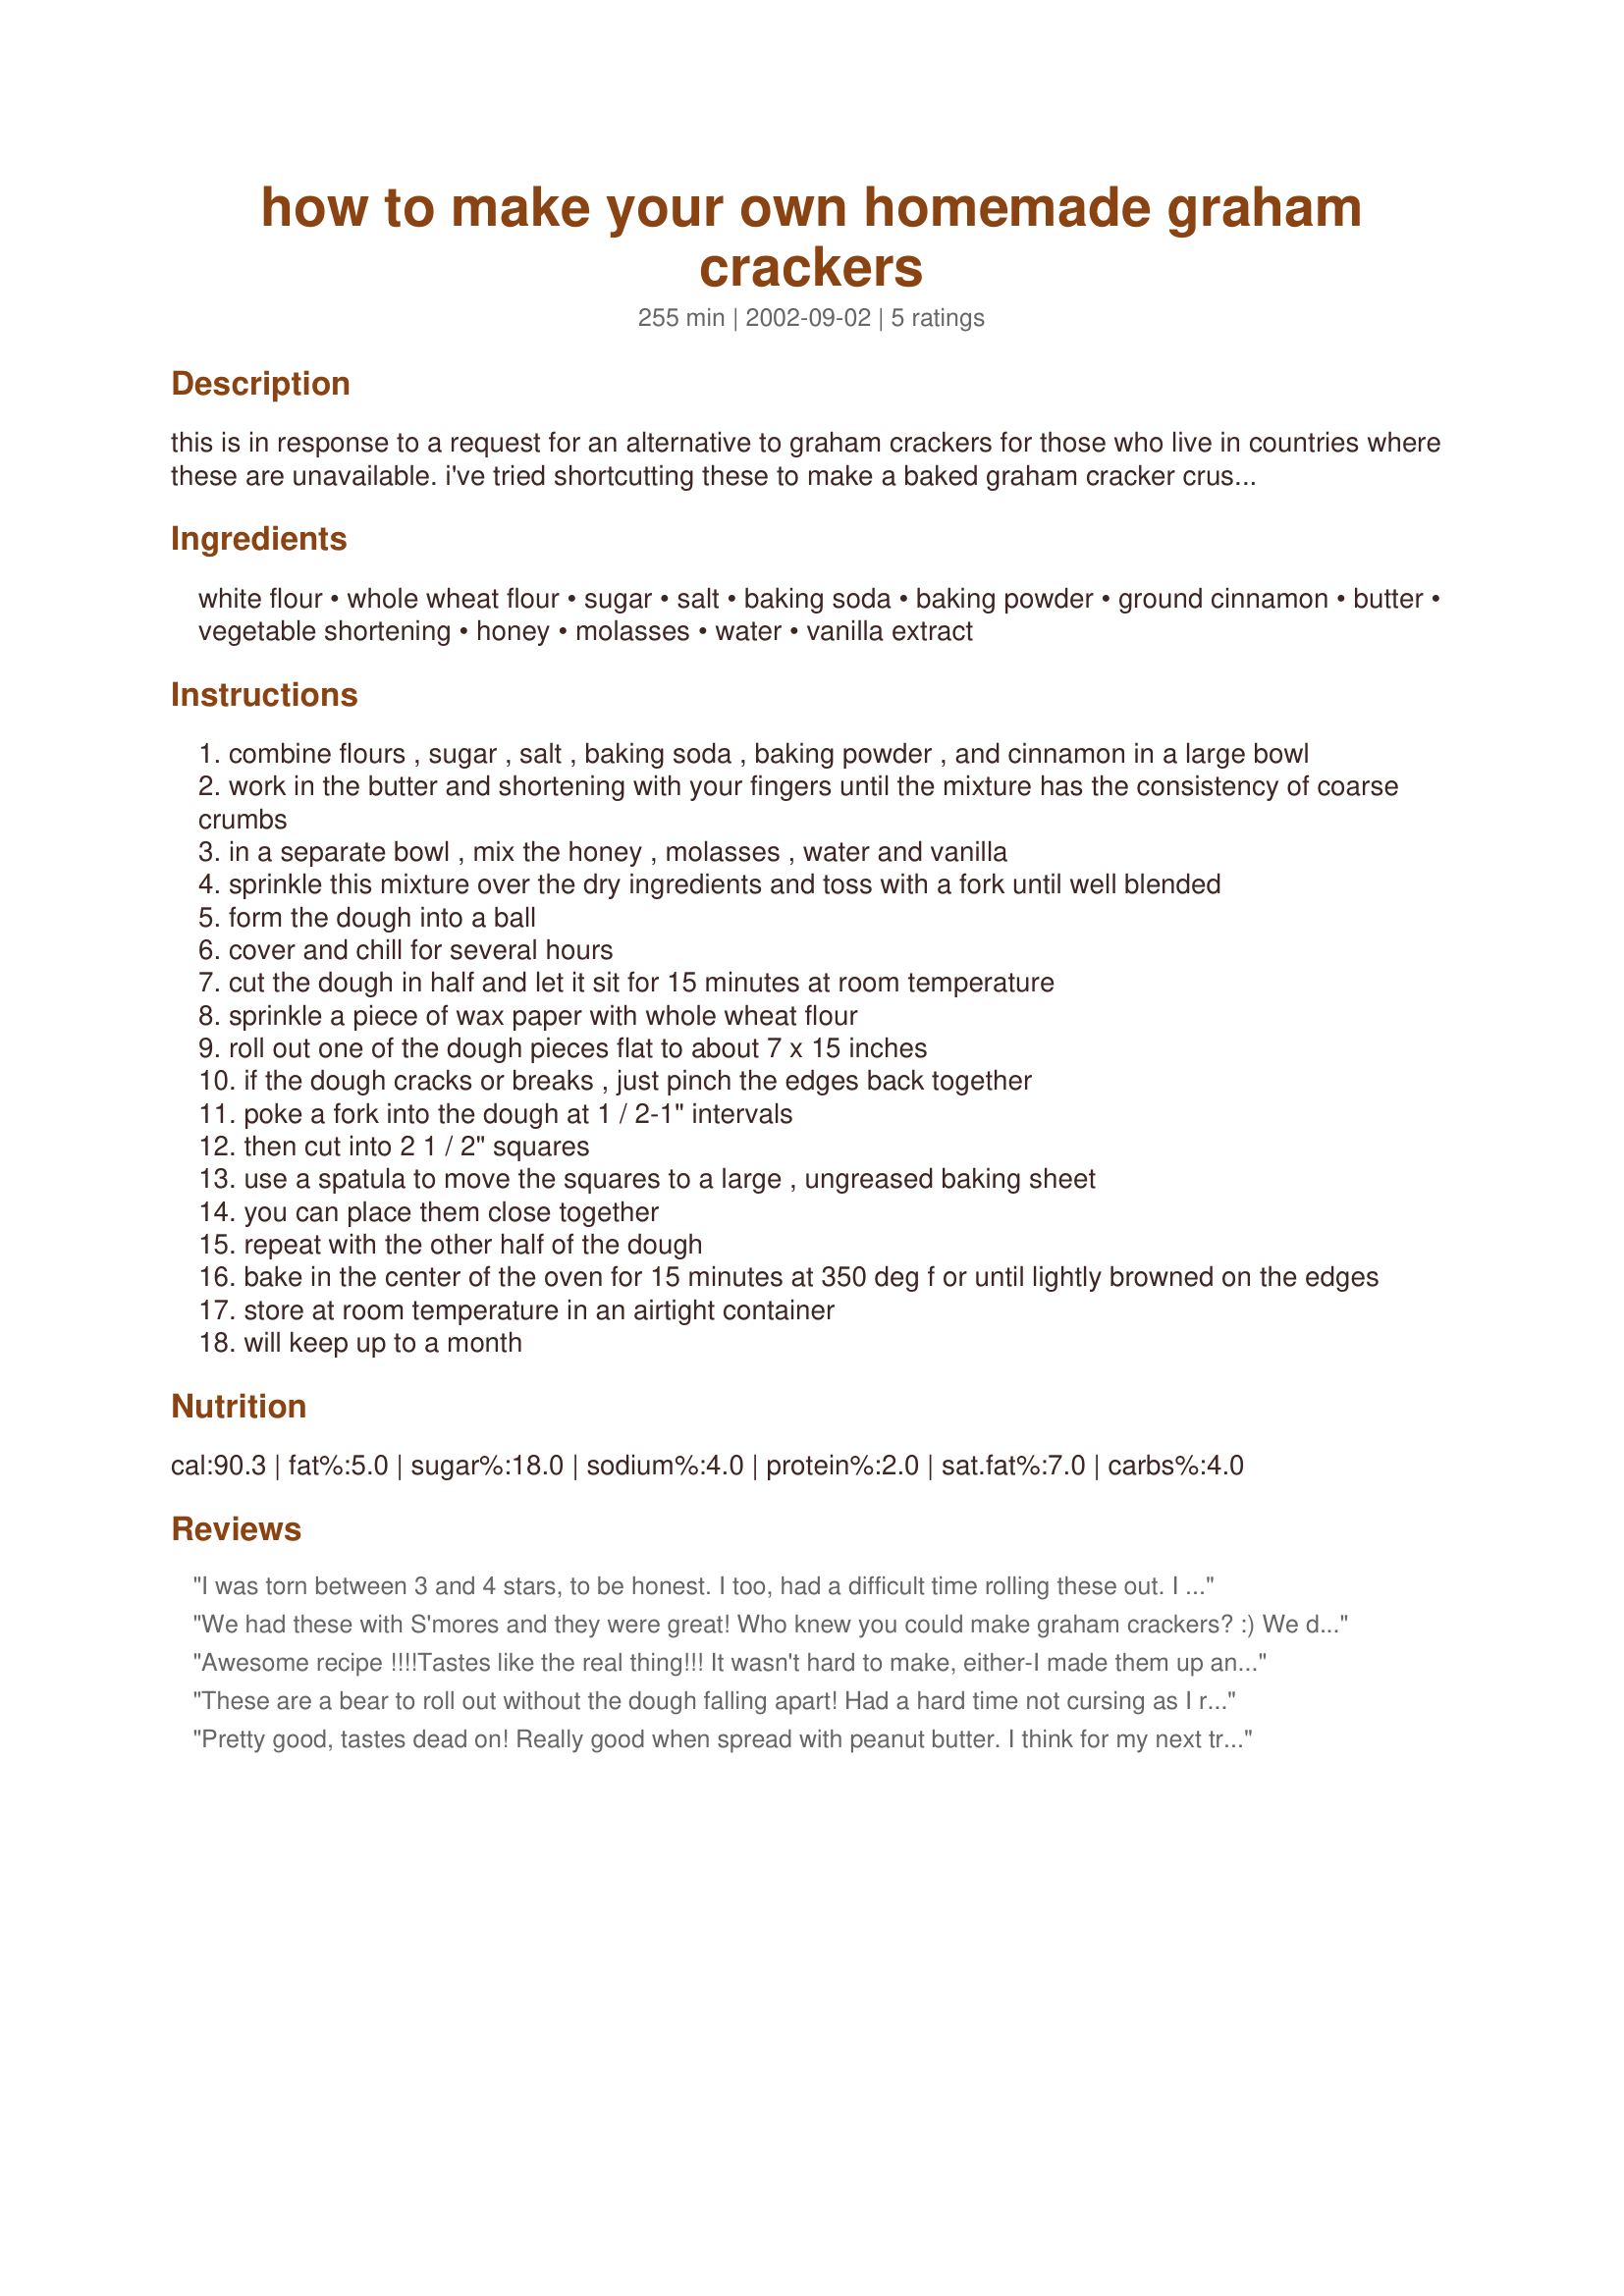
how to make your own homemade graham crackers
Preparation time: 255 minutes

this is in response to a request for an alternative to graham crackers for those who live in countries where these are unavailable. i've tried shortcutting these to make a baked graham cracker crust, but found sometimes shorter isn't always better. these remind me of nabisco's honey grahams. if you wish to make them into the cinnamon grahams, just sprinkle a little cinnamon and sugar over the top before baking.

Ingredients:
white flour, whole wheat flour, sugar, salt, baking soda, baking powder, ground cinnamon, butter, vegetable shortening, honey, molasses, water, vanilla extract

Steps:
combine flours , sugar , salt , baking soda , baking powder , and cinnamon in a large bowl
work in the butter and shortening with your fingers until the mixture has the consistency of coarse crumbs
in a separate bowl , mix the honey , molasses , water and vanilla
sprinkle this mixture over the dry ingredients and toss with a fork until well blended
form the dough into a ball
cover and chill for several hours
cut the dough in half and let it sit for 15 minutes at room temperature
sprinkle a piece of wax paper with whole wheat flour
roll out one of the dough pieces flat to about 7 x 15 inches
if the dough cracks or breaks , just pinch the edges back together
poke a fork into the dough at 1 / 2-1" intervals
then cut into 2 1 / 2" squares
use a spatula to move the squares to a large , ungreased baking sheet
you can place them close together
repeat with the other half of the dough
bake in the center of the oven for 15 minutes at 350 deg f or until lightly browned on the edges
store at room temperature in an airtight container
will keep up to a month

Reviews:
I was torn between 3 and 4 stars, to be honest. I too, had a difficult time rolling these out. I was tempted to add more water, but, being fairly new to baking, I was afraid I'd have a gooey mess. The instructions were ok except I didn't know if I should treat the Crisco the same as the butter, but I did anyway. Maybe it didn't matter. The taste is good, not wonderful, but good. I probably won't make these again. For a crispy kind of cookie, they're ok.
We had these with S'mores and they were great! Who knew you could make graham crackers? :) We didn't have molasses, so we used sorghum. We only chilled the dough for about an hour, and we rolled it out between sheets of waxed paper (about a quarter of the dough at a time). We also turned the oven down and cooked them longer until they were browned all the way across, to make sure they would be nice and crispy.
Awesome recipe !!!!Tastes like the real thing!!! It wasn't hard to make, either-I made them up and used some to make a graham cracker pie crust..tasted wonderful !!! the rest are being nibbled on for snacks..they're going quick !! Thanks for posting..this recipe is definitely a keeper ! TERESA
These are a bear to roll out without the dough falling apart! Had a hard time not cursing as I rolled these out with my 3 yr old!! The flavor is good, though. My 11 mo. old is loving these as biscuits!
Pretty good, tastes dead on! Really good when spread with peanut butter. I think for my next try, I'll put them on a lower rack in my oven to try and get them crispier...this batch was sort of crispy on the edges, but softer elsewhere. Maybe I also need to roll them extra thin?
